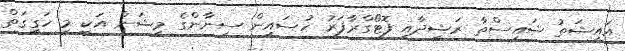
އައިޝަތު ޝައިސްތާ ރަޝީދާއި ފޮޓޯގްރާފަރު ހުސައިން ސިނާންގެ މިޝަން އަކީ މި ހަގީގަތް